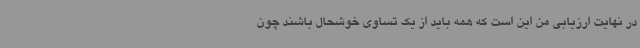
در نهایت ارزیابی من این است که همه باید از یک تساوی خوشحال باشند چون